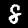
Digit: 8